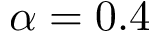
\alpha = 0 . 4